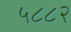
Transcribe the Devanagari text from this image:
५८८२